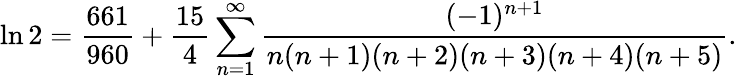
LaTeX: \ln 2={\frac{661}{960}}+{\frac{15}{4}}\sum_{n=1}^{\infty}{\frac{(-1)^{n+1}}{n(n+1)(n+2)(n+3)(n+4)(n+5)}}.